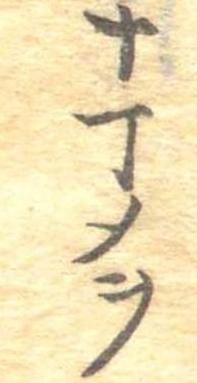
十丁メヲ